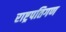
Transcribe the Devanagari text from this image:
राष्ट्रपतिगण